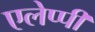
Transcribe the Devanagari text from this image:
एलेप्पी